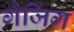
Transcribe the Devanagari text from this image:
गैजिंग